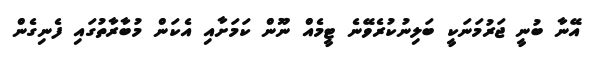
އޭނާ ބުނީ ޖަރުމަނަކީ ބަލިނުކުރެވޭނެ ޓީމެއް ނޫން ކަމަށާއި އެކަން މުބާރާތުގައި ފެނިގެން